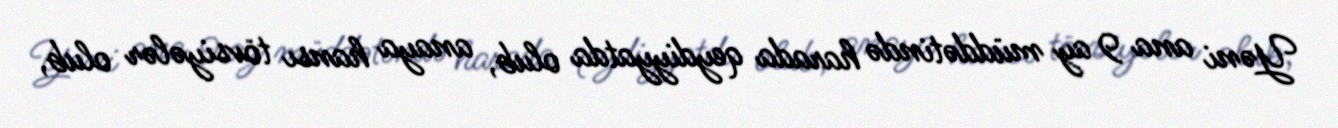
Yəni ana 9 ay müddətində harada qeydiyyatda olub, anaya hansı tövsiyələr olub,